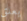
يعلق